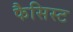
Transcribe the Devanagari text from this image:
फैसिस्ट